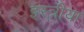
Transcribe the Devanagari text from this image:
इस्त्रीया